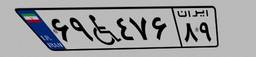
۶۹W۴۷۶۸۹